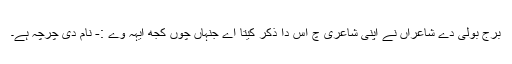
برج بولی دے شاعراں نے اپنی شاعری چ اس دا ذکر کیتا اے جنہاں چوں کجھ ایہہ وے :- نام دی چرچہ ہے۔